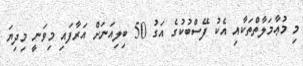
މި މުޢާމަލާތްތަކާއި އެކު ފޭސްބުކުގެ އަގު 50 ބިލިއަނަށް އަރާފައި މިވަނީ މިދިޔަ